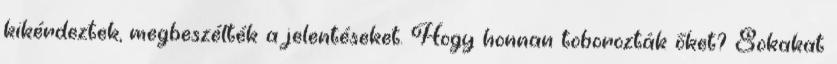
kikérdeztek, megbeszélték a jelentéseket. Hogy honnan toborozták őket? Sokakat